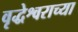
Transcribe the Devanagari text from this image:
वृद्धेश्वराच्या